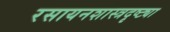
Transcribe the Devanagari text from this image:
रसायनशास्त्रदृष्ट्या